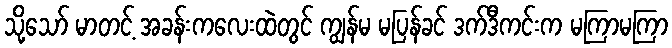
သို့သော် မာတင့် အခန်းကလေးထဲတွင် ကျွန်မ မပြန်ခင် ဒက်ဒီကင်းက မကြာမကြာ